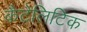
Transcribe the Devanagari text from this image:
कैटेलिटिक